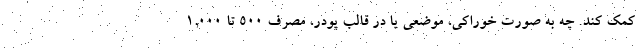
کمک کند. چه به صورت خوراکی، موضعی یا در قالب پودر، مصرف 500 تا 1,000